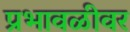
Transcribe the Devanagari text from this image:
प्रभावळीवर